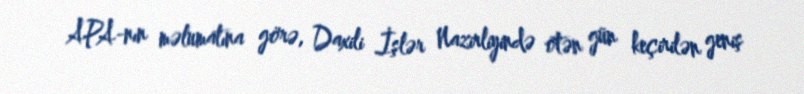
APA-nın məlumatına görə, Daxili İşlər Nazirliyində ötən gün keçirilən geniş